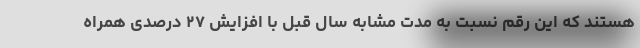
هستند که این رقم نسبت به مدت مشابه سال قبل با افزایش ۲۷ درصدی همراه